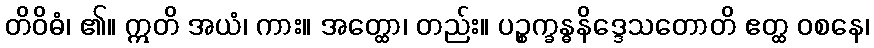
တိဝိဓံ၊ ၏။ ဣတိ အယံ၊ ကား။ အတ္ထော၊ တည်း။ ပဉ္စက္ခန္ဓနိဒ္ဒေသတောတိ ဧတ္ထ ဝစနေ၊